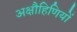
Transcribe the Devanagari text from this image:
अक्षौहिणियों